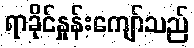
ရာခိုင်နှုန်းကျော်သည်